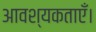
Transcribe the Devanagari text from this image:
आवश्यकताएँ।